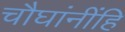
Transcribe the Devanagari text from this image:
चौघांनींहि